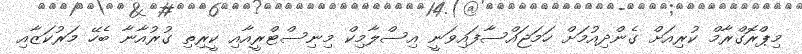
މިޕްރޮގްރާމް ކުރިއަށް ގެންދިއުމަށް ހަމަޖައްސާފައިވަނީ އިސްލާމިކް މިނިސްޓްރީއާއި ކީރިތި ގުރުއާނާ ބެހޭ މަރުކަޒާއި